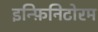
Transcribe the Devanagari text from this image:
इन्फ़िनिटोरम